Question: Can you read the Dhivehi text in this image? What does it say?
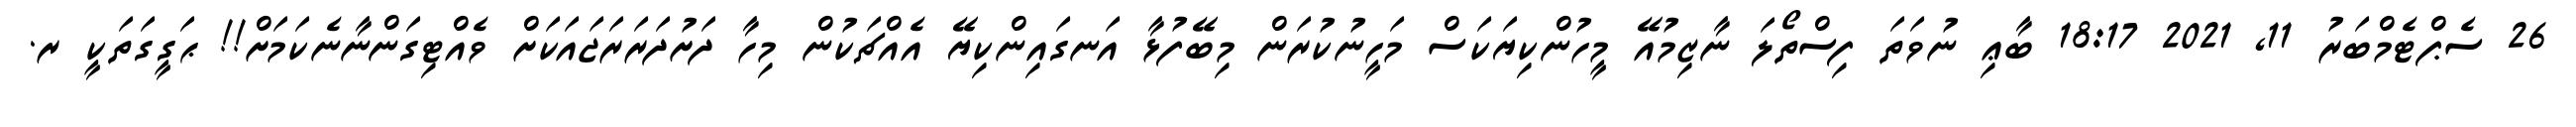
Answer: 26 ސެޕްޓެމްބަރު 11, 2021 18:17 ބާޢި ނުވަތަ ފިސްތޯލަ ނާޒިމުއޭ މީހުންކިޔަކަސް މަހީނުކުރަން މިބޭފުޅާ އަނގައިންކިޔޭ އެއްޗަކުން މިހާ ދަށުދަރަރަޖައަކަށް ވެއްޓިގަންނާނެކަމަށް!! ޙަގީގަތަކީ ރ.